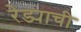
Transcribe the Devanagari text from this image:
रेड्याची